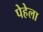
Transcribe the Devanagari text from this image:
पेहेला